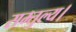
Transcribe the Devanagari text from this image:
सम्तुल्य।